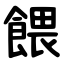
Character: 餵